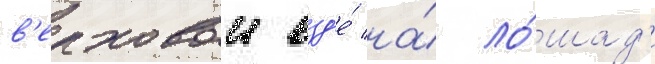
в'ерховои езд'е́ на́ ло́шад'и